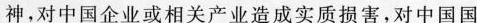
神，对中国企业或相关产业造成实质损害，对中国国